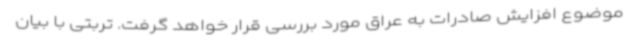
موضوع افزایش صادرات به عراق مورد بررسی قرار خواهد گرفت. تربتی با بیان